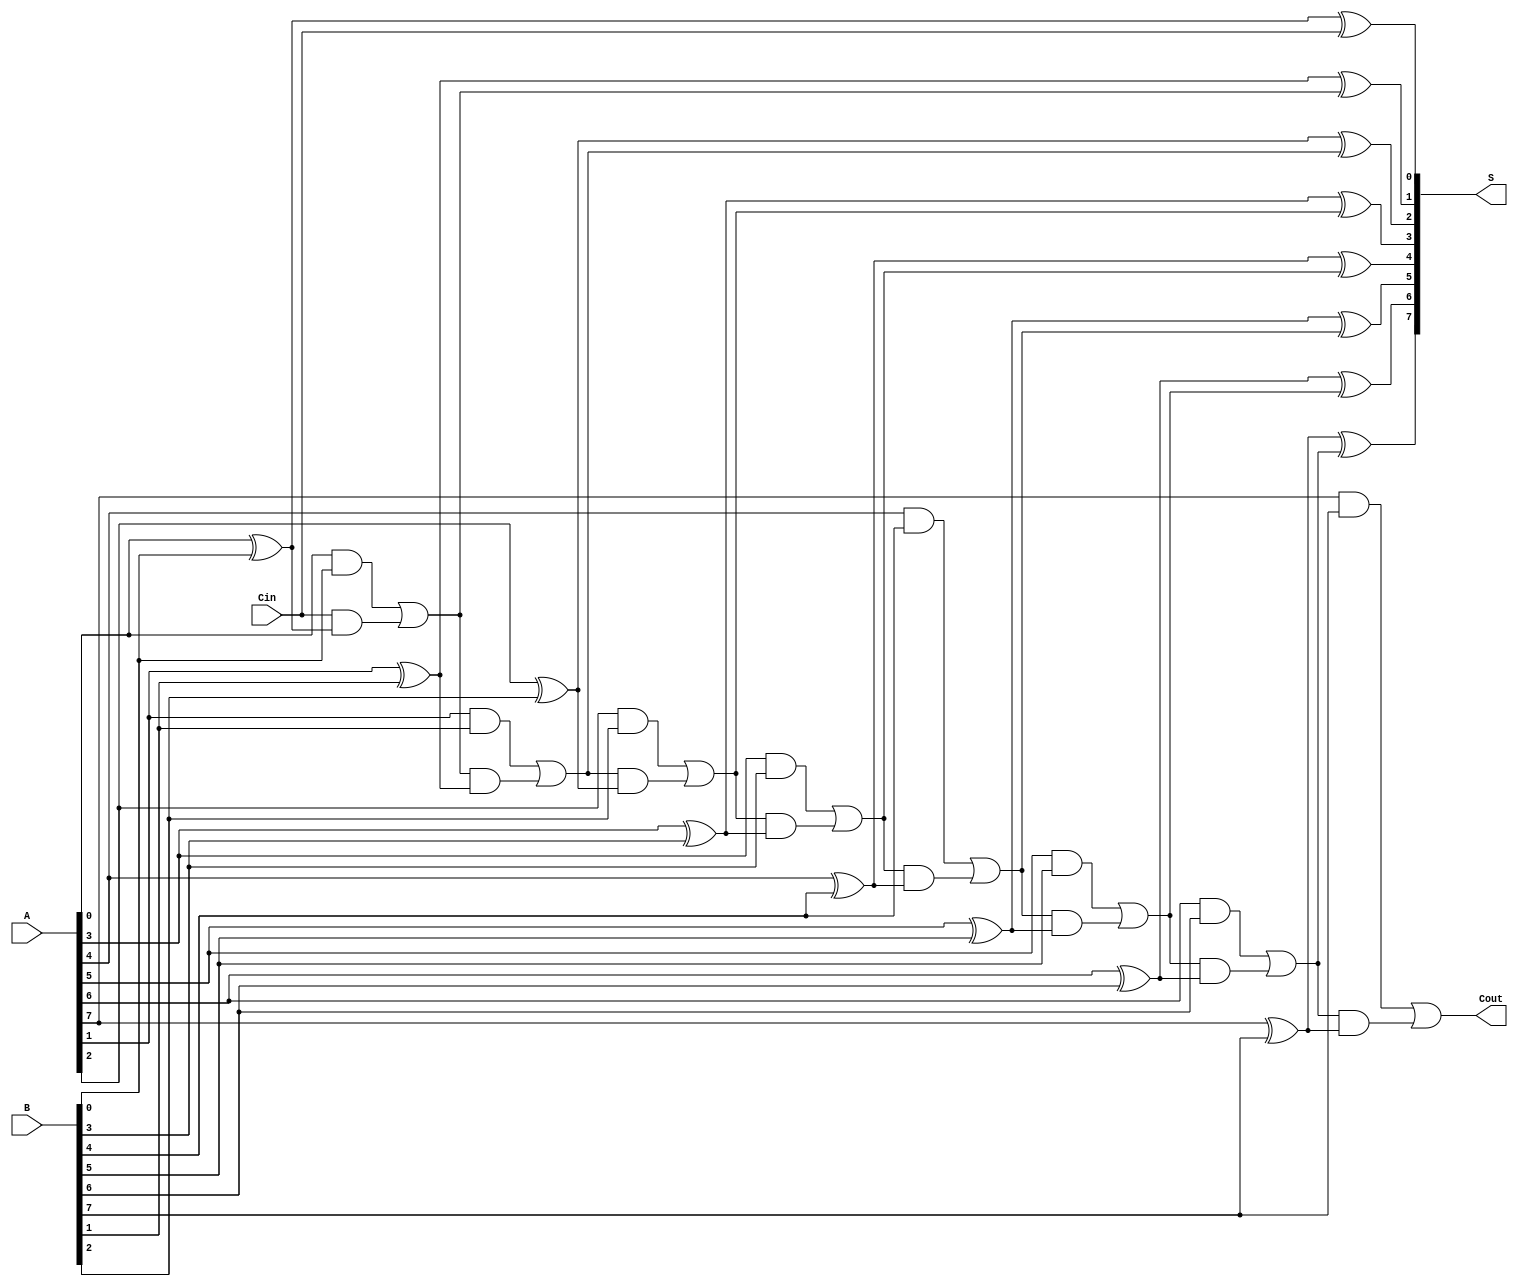
module ManchesterCarryChainAdder #(parameter WIDTH = 8) (
    input  wire [WIDTH-1:0] A,       // First operand
    input  wire [WIDTH-1:0] B,       // Second operand
    input  wire       Cin,            // Carry input
    output wire [WIDTH-1:0] S,       // Sum output
    output wire       Cout            // Carry output
);

// Internal Carry signals
wire [WIDTH:0] C; // C[0] is the initial carry-in, C[WIDTH] is the final carry-out

// Assign initial carry-in
assign C[0] = Cin;

// Carry Generation (Manchester Carry Logic)
genvar i;
generate
    for (i = 0; i < WIDTH; i = i + 1) begin : carry_gen
        assign C[i+1] = (A[i] & B[i]) | (C[i] & (A[i] ^ B[i]));
    end
endgenerate

// Sum Calculation
generate
    for (i = 0; i < WIDTH; i = i + 1) begin : sum_calc
        assign S[i] = A[i] ^ B[i] ^ C[i];
    end
endgenerate

// Final Carry Output
assign Cout = C[WIDTH];

endmodule